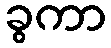
ခွကာ